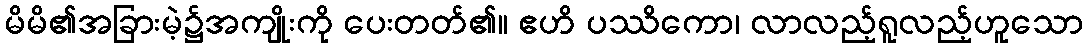
မိမိ၏အခြားမဲ့၌အကျိုးကို ပေးတတ်၏။ ဧဟိ ပဿိကော၊ လာလည့်ရူလည့်ဟူသော